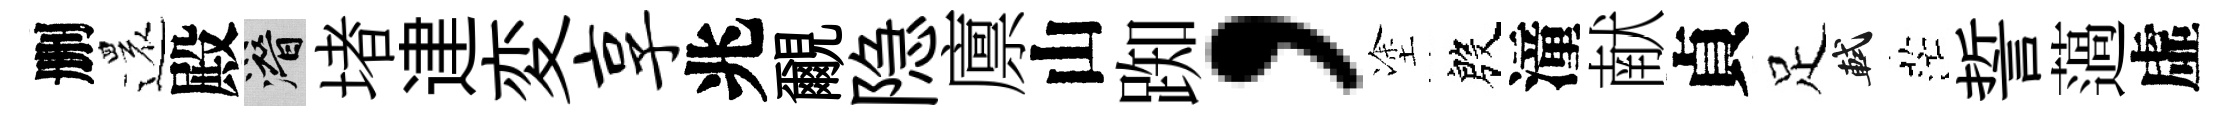
删還殿潜堵䢖変享兆覼隐廪山踟，塗殷潼献貞足軾茫誓薖虛